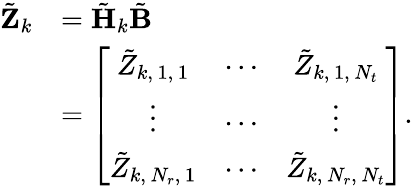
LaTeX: \begin{array}{rl}{\tilde{\mathbf{Z}}_{k}}&{=\tilde{\mathbf{H}}_{k}\tilde{\mathbf{B}}}\\ &{=\left[\begin{array}{ccc}{\tilde{Z}_{k,\, 1,\, 1}}&{\cdots}&{\tilde{Z}_{k,\, 1,\, N_{t}}}\\ {\vdots}&{\cdots}&{\vdots}\\ {\tilde{Z}_{k,\, N_{r},\, 1}}&{\cdots}&{\tilde{Z}_{k,\, N_{r},\, N_{t}}}\end{array}\right].}\end{array}